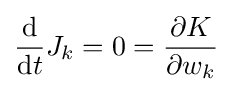
{\frac {\mathrm {d} }{\mathrm {d} t}}J_{k}=0={\frac {\partial K}{\partial w_{k}}}